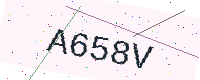
Text: A658V